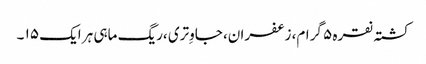
کشتہ نقرہ ۵ گرام، زعفران، جاوِتری ،ریگ ماہی ہر ایک ۱۵ ۔